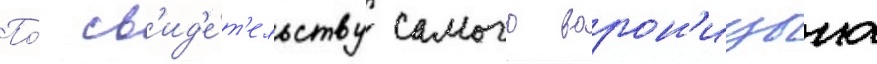
По́ св'ид'е́т'ельству самого ворон'ицына